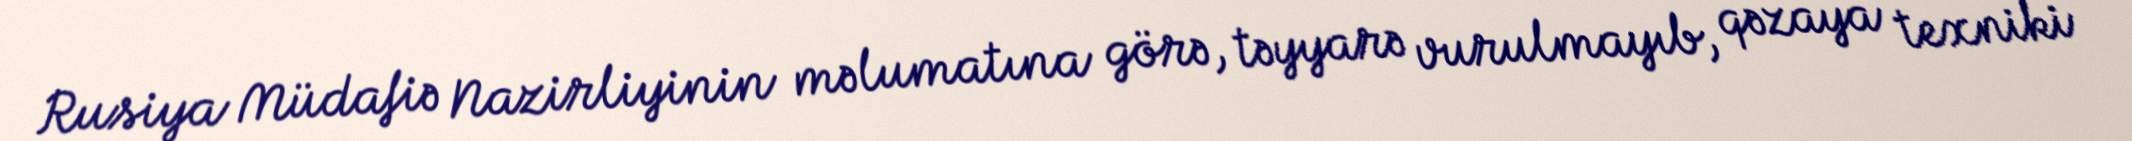
Rusiya Müdafiə Nazirliyinin məlumatına görə, təyyarə vurulmayıb, qəzaya texniki